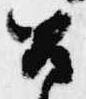
召